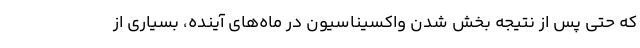
که حتی پس از نتیجه بخش شدن واکسیناسیون در ماه‌های آینده، بسیاری از